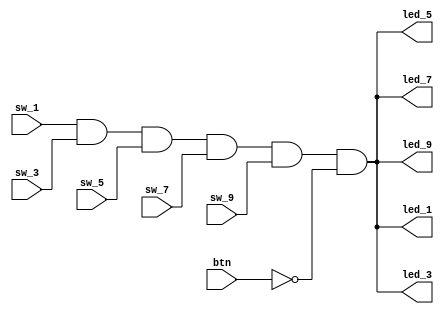
module bcd(
input sw_1,
input sw_3,
input sw_5,
input sw_7,
input sw_9,
input btn,
output led_1,
output led_3,
output led_5,
output led_7,
output led_9
);


assign {led_1,led_3,led_5,led_7,led_9} = {5{sw_1 && sw_3 && sw_5 && sw_7 && sw_9 && ~btn}};
/*
always@(*) begin

   if(sw_1 && sw_3 && sw_5 && sw_7 && sw_9 && ~btn) begin
	   
		led_1 = sw_1 && sw_3 && sw_5 && sw_7 && sw_9 && ~btn;
		led_3 = 1;
		led_5 = 1;
		led_7 = 1;
		led_9 = 1;
	end
	else begin
	
	   led_1 = 0;
		led_3 = 0;
		led_5 = 0;
		led_7 = 0;
		led_9 = 0;
	end
	
end
	*/
endmodule